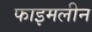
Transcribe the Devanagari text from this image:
फाइमलीन